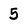
Character: 5